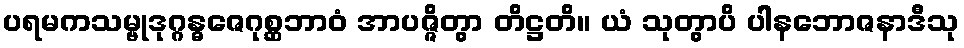
ပရမကသမ္ဗုဒုဂ္ဂန္ဓဇေဂုစ္ဆဘာဝံ အာပဇ္ဇိတွာ တိဋ္ဌတိ။ ယံ သုတွာပိ ပါနဘောဇနာဒီသု